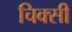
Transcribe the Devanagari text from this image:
चिक्सी